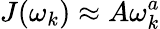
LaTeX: J(\omega_{k})\approx A\omega_{k}^{a}